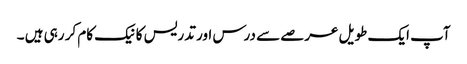
آپ ایک طویل عرصے سے درس اور تدریس کا نیک کام کر رہی ہیں ۔